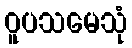
ဝူပသမေသုံ